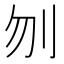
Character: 刎